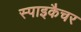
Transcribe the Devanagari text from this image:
स्पाइकैचर